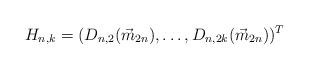
LaTeX: \begin{align*} H_{n, k} = (D_{n, 2}(\vec{m}_{2n}), \ldots, D_{n, 2k}(\vec{m}_{2n}))^T \end{align*}